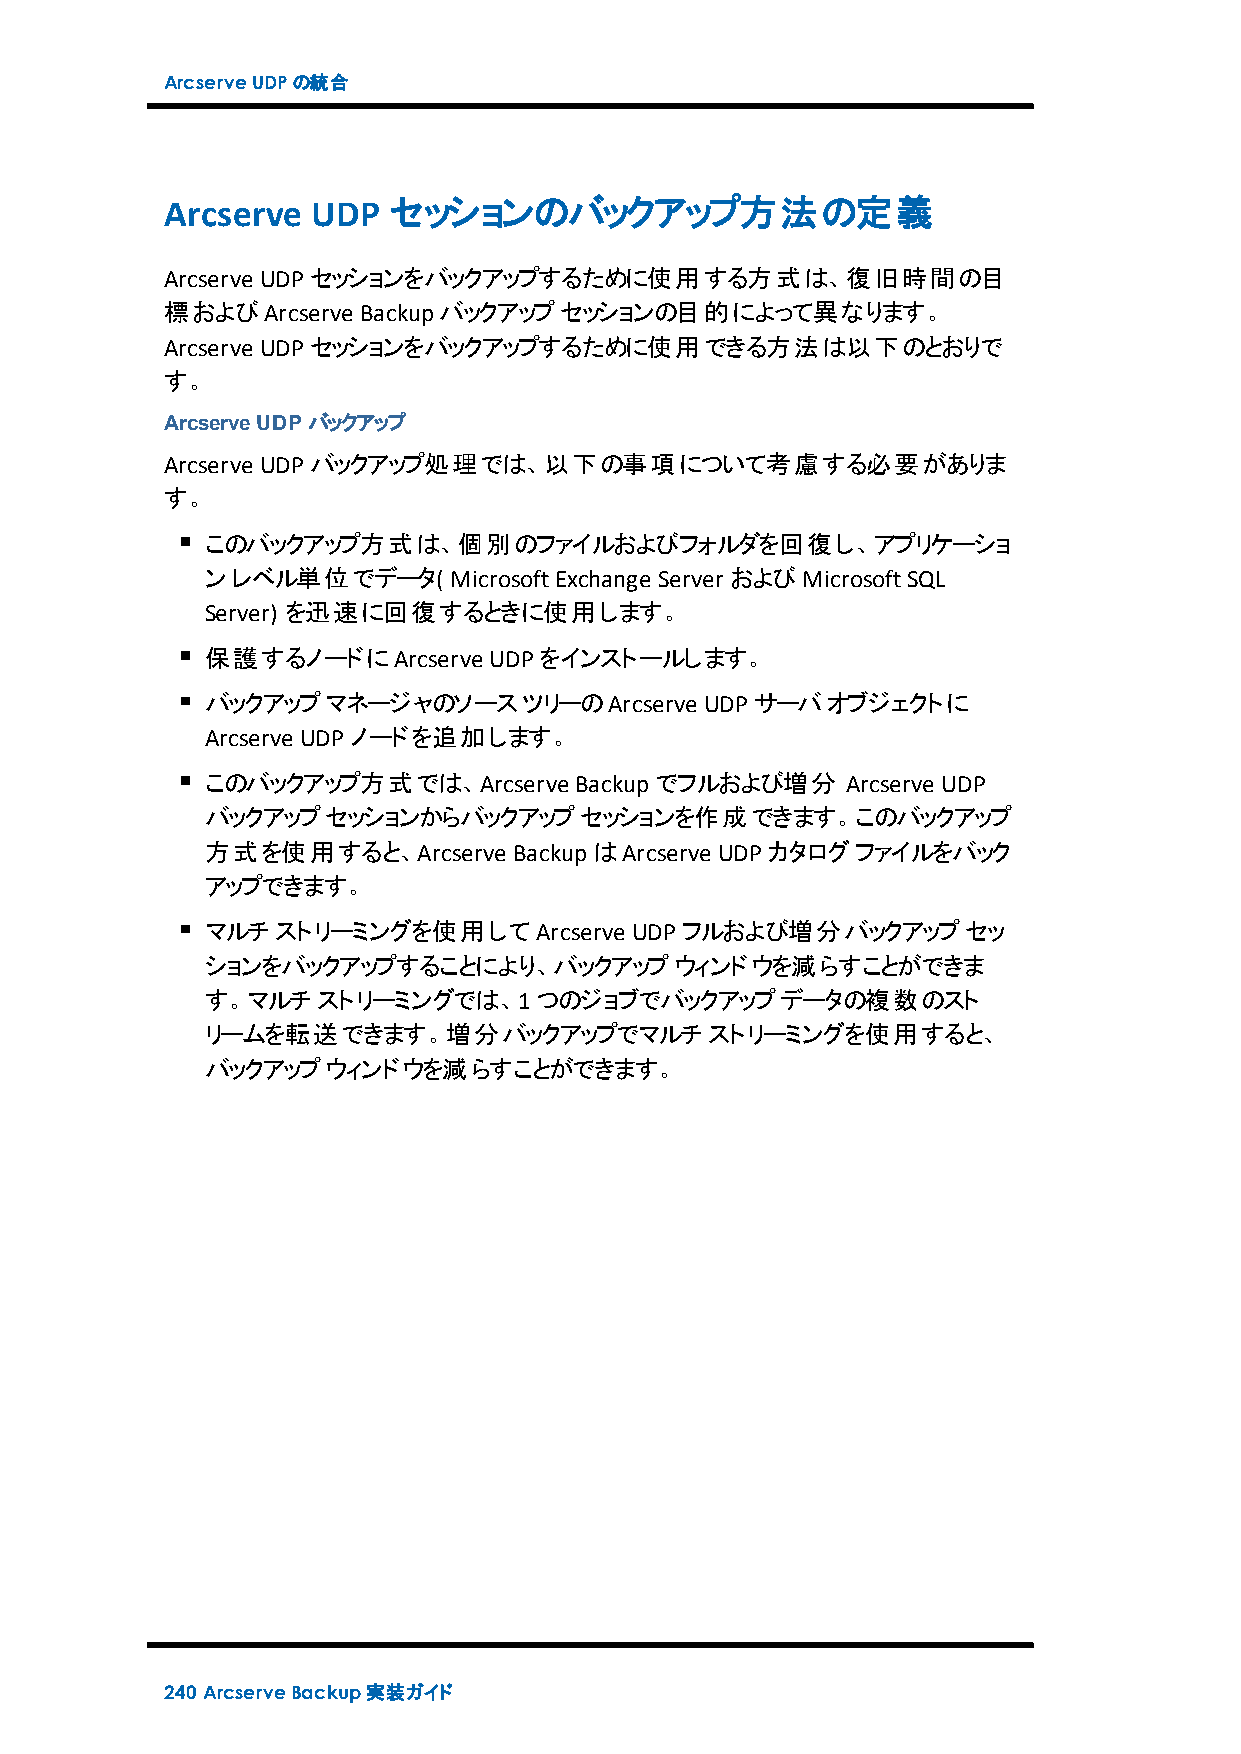
ArcserveUDPの統合
 Arcserve  UDP  セッションのバックアップ方法の定義
 Arcserve UDPセッションをバックアップするために使用する方式は、復旧時間の目
 標およびArcserve Backupバックアップセッションの目的によって異なります。
 Arcserve UDPセッションをバックアップするために使用できる方法は以下のとおりで
 す。
 ArcserveUDP バックアップ
 Arcserve UDPバックアップ処理では、以下の事項について考慮する必要がありま
 す。
 このバックアップ方式は、個別のファイルおよびフォルダを回復し、アプリケーショ
 ンレベル単位でデータ(     MicrosoftExchange Server およびMicrosoftSQL
 Server) を迅速に回復するときに使用します。
 保護するノードにArcserve  UDPをインストールします。
 バックアップマネージャのソースツリーのArcserve      UDPサーバオブジェクトに
 Arcserve UDPノードを追加します。
 このバックアップ方式では、Arcserve   Backupでフルおよび増分    Arcserve UDP
 バックアップセッションからバックアップセッションを作成できます。このバックアップ
 方式を使用すると、Arcserve   BackupはArcserve UDPカタログファイルをバック
 アップできます。
 マルチストリーミングを使用してArcserve     UDPフルおよび増分バックアップセッ
 ションをバックアップすることにより、バックアップウィンドウを減らすことができま
 す。マルチストリーミングでは、1つのジョブでバックアップデータの複数のスト
 リームを転送できます。増分バックアップでマルチストリーミングを使用すると、
 バックアップウィンドウを減らすことができます。
 240 ArcserveBackup実装ガイド